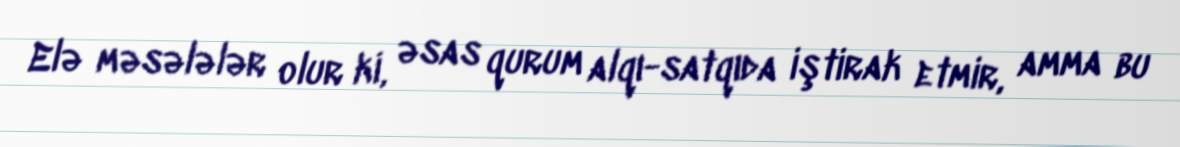
Elə məsələlər olur ki, əsas qurum alqı-satqıda iştirak etmir, amma bu